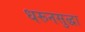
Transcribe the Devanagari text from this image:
धरूनसुद्धा